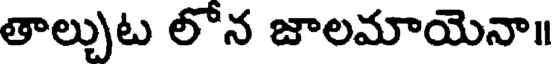
తాల్చుట లోన జాలమాయెనా